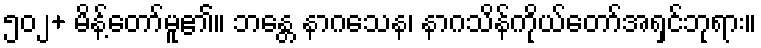
၅၀၂+ မိန့်တော်မူ၏။ ဘန္တေ နာဂသေန၊ နာဂသိန်ကိုယ်တော်အရှင်ဘုရား။